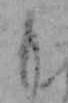
も